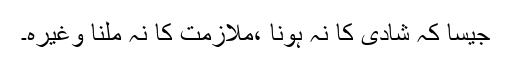
جیسا کہ شادی کا نہ ہونا ،ملازمت کا نہ ملنا وغیرہ۔